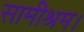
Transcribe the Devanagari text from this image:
सामीश्रम।